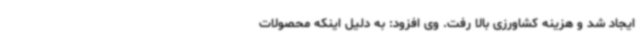
ایجاد شد و هزینه کشاورزی بالا رفت. وی افزود: به دلیل اینکه محصولات